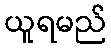
ယူရမည်